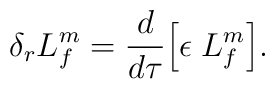
\delta_{r} L_{f}^m = \frac{d}{d\tau} \Bigl [ \epsilon \; L_{f}^m \Bigr ].